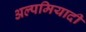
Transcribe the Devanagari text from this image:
अल्पमियादी